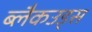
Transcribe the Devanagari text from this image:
ब्लैकउड्स